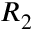
R _ { 2 }